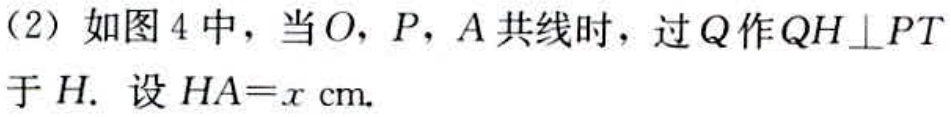
(2) 如图4中，当\(O\)，\(P\)，\(A\)共线时，过\(Q\)作\(QH\perp PT\)于\(H\). 设\(HA = x\mathrm{cm}\).